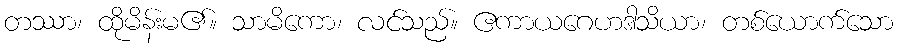
တဿာ၊ ထိုမိန်းမ၏။ သာမိကော၊ လင်သည်။ ဧကာယဂေဟဒါသိယာ၊ တစ်ယောက်သော